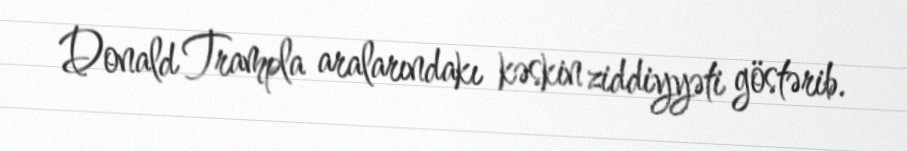
Donald Trampla aralarındakı kəskin ziddiyyəti göstərib.